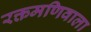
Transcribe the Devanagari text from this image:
रक्तमणिवाला